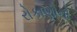
રોકાણોનો